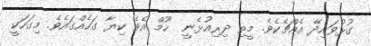
ގުޅުވައިދޭ އެއްޗެކެވެ. މީތި ދިރިއުޅެނީ  ހޫމް އެވެ ކިޔާ ގަހެއްގައެވެ. މިގަހަކީ